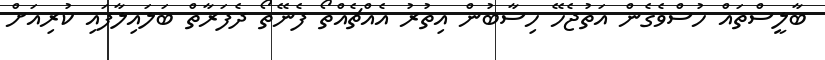
ބާލީސްތައް ހުސްވެގެން އަތުޖެހޭ ހިސާބުން އިތުރު އެއްޗެއްތޯ ފެނޭތޯ ދެފަރާތް ބަލައިލާފައި ކުރިއަށް